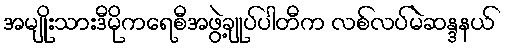
အမျိုးသားဒီမိုကရေစီအဖွဲ့ချုပ်ပါတီက လစ်လပ်မဲဆန္ဒနယ်